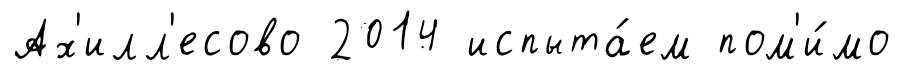
Ах'илл'есово 2014 испыта́ем пом'и́мо